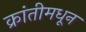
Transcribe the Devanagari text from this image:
क्रांतीमधून